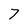
Character: 7